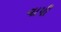
વાપી